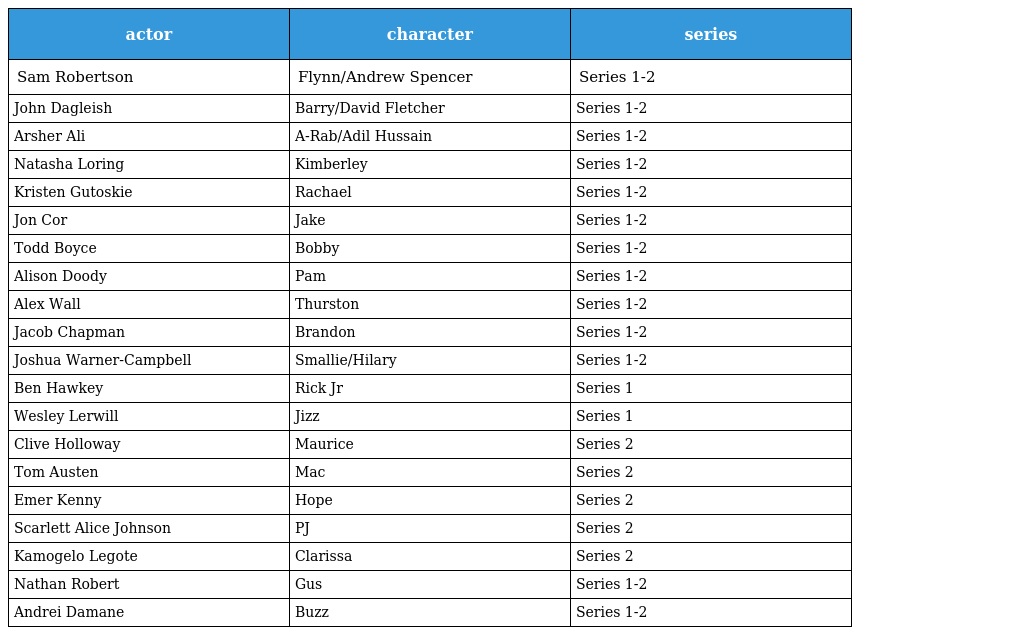
| actor | character | series |
 | --- | --- | --- |
 | Sam Robertson | Flynn/Andrew Spencer | Series 1-2 |
 | John Dagleish | Barry/David Fletcher | Series 1-2 |
 | Arsher Ali | A-Rab/Adil Hussain | Series 1-2 |
 | Natasha Loring | Kimberley | Series 1-2 |
 | Kristen Gutoskie | Rachael | Series 1-2 |
 | Jon Cor | Jake | Series 1-2 |
 | Todd Boyce | Bobby | Series 1-2 |
 | Alison Doody | Pam | Series 1-2 |
 | Alex Wall | Thurston | Series 1-2 |
 | Jacob Chapman | Brandon | Series 1-2 |
 | Joshua Warner-Campbell | Smallie/Hilary | Series 1-2 |
 | Ben Hawkey | Rick Jr | Series 1 |
 | Wesley Lerwill | Jizz | Series 1 |
 | Clive Holloway | Maurice | Series 2 |
 | Tom Austen | Mac | Series 2 |
 | Emer Kenny | Hope | Series 2 |
 | Scarlett Alice Johnson | PJ | Series 2 |
 | Kamogelo Legote | Clarissa | Series 2 |
 | Nathan Robert | Gus | Series 1-2 |
 | Andrei Damane | Buzz | Series 1-2 |